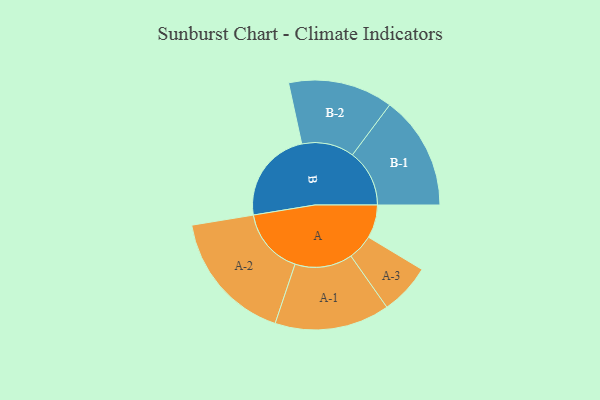
{"axis": {"x": "Segment", "y": "Value"}, "legend": ["", "A", "B"], "data": [{"x": "A", "y": 137, "type": ""}, {"x": "B", "y": 384, "type": ""}, {"x": "A-1", "y": 237, "type": "A"}, {"x": "A-2", "y": 274, "type": "A"}, {"x": "A-3", "y": 105, "type": "A"}, {"x": "B-1", "y": 235, "type": "B"}, {"x": "B-2", "y": 216, "type": "B"}]}